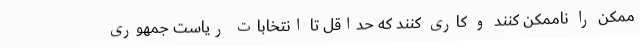
ممکن را ناممکن کنند و کاری کنند که حداقل تا انتخابات ریاست جمهوری